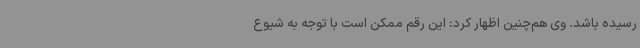
رسیده باشد. وی هم‌چنین اظهار کرد: این رقم ممکن است با توجه به شیوع